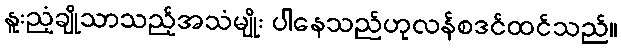
နူးညံ့ချိုသာသည့်အသံမျိုး ပါနေသည်ဟုလန်စဒင်ထင်သည်။